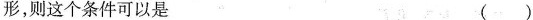
形，则这个条件可以是 ( )